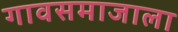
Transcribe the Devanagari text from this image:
गावसमाजाला